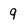
Character: 9